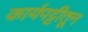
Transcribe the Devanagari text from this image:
कार्यपट्टीतून